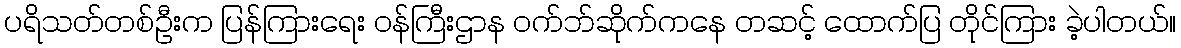
ပရိသတ်တစ်ဦးက ပြန်ကြားရေး ဝန်ကြီးဌာန ဝက်ဘ်ဆိုက်ကနေ တဆင့် ထောက်ပြ တိုင်ကြား ခဲ့ပါတယ်။